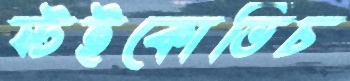
স্টইকোভিচ